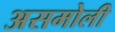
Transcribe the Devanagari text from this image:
असमोली